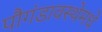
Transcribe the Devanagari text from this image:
पौगंडावस्थेमधे